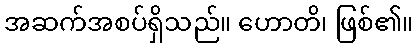
အဆက်အစပ်ရှိသည်။ ဟောတိ၊ ဖြစ်၏။